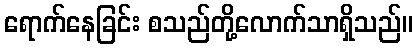
ရောက်နေခြင်း စသည်တို့လောက်သာရှိသည်။